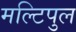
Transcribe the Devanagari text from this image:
मल्टिपुल